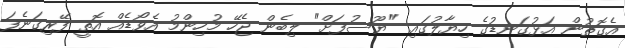
އެގޮތުން އަޅުގަނޑުގެ ހިޔާލުގައި "ޔޫސުފަށް" ލިބެން ޖެހޭ މުހިންމު އެވޯޑެއް އޮތީ ފޭރިގަނެފަ